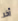
آخر